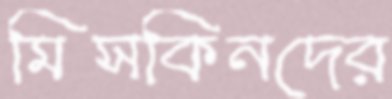
মিসকিনদের